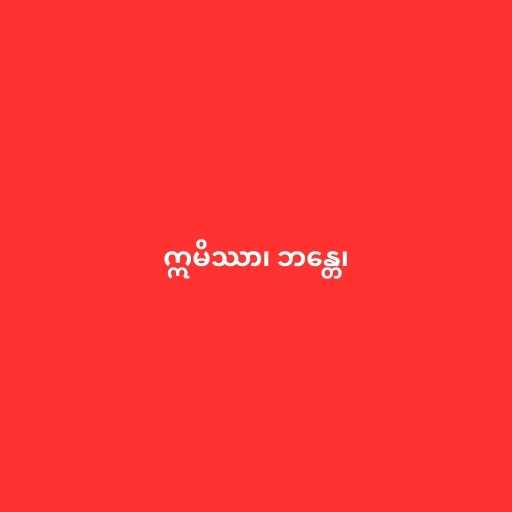
ဣမိဿာ၊ ဘန္တေ၊